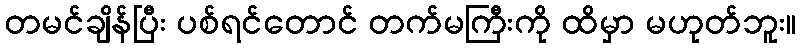
တမင်ချိန်ပြီး ပစ်ရင်တောင် တက်မကြီးကို ထိမှာ မဟုတ်ဘူး။